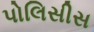
પોલિસીસ